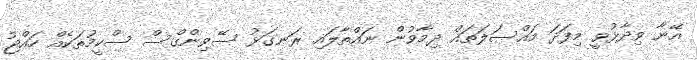
އޭނާ ވިދާޅުވީ މިފަދަ މައްސަލަތައް ދިމާވުން ނައްތާލައި ރަނގަޅު ސޭވިންގްސް ސްކީމުތަކެއް ހައްޖު